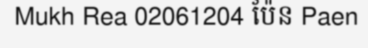
Mukh Rea 02061204 ប៉ែន Paen